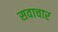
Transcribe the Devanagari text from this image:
सवाचार